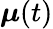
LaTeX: \boldsymbol{\mu}(t)